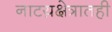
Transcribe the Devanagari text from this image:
नाटय़क्षेत्रातही